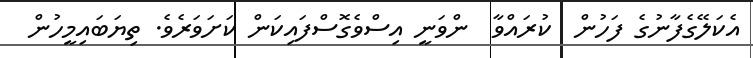
އެކަލޭގެފާނުގެ ފަހުން  ކުރައްވާ  ންވަނީ އިސްވެގޮސްފައިކަން ކަށަވަރެވެ. ތިޔަބައިމީހުން